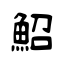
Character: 鮉